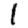
Digit: 1